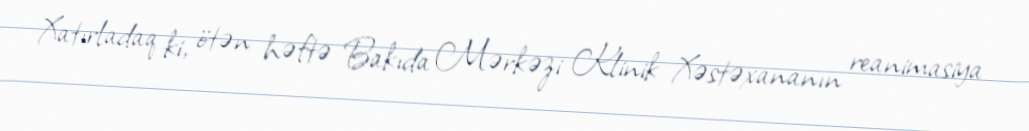
Xatırladaq ki, ötən həftə Bakıda Mərkəzi Klinik Xəstəxananın reanimasiya